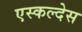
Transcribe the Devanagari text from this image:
एस्कल्देस